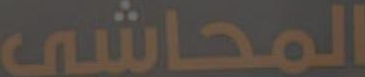
المحاشي